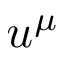
u ^ { \mu }